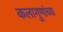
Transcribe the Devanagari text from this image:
कलागुणांच्या